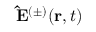
\mathbf { \hat { E } } ^ { ( \pm ) } ( \mathbf { r } , t )